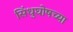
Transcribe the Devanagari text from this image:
सिंधुघोषच्या